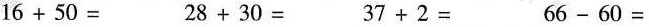
$$1 6 + 5 0 =$$ $$2 8 + 3 0 =$$ $$3 7 + 2 =$$ $$6 6 - 6 0 =$$